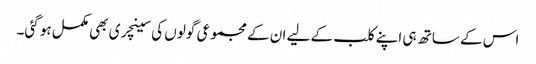
اس کے ساتھ ہی اپنے کلب کے لیے ان کے مجموعی گولوں کی سینچری بھی مکمل ہو گئی۔